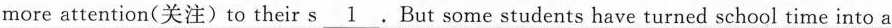
more attention(关注)to their s\underline{1} .But some students have turned school time into a